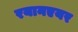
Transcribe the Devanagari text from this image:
रयानएयर